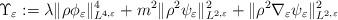
LaTeX: \begin{align*}\Upsilon_{\varepsilon}:=\lambda\|\rho\phi_{\varepsilon}\|_{L^{4,\varepsilon}}^{4}+m^{2}\|\rho^{2}\psi_{\varepsilon}\|_{L^{2,\varepsilon}}^{2}+\|\rho^{2}\nabla_{\varepsilon}\psi_{\varepsilon}\|_{L^{2,\varepsilon}}^{2}\end{align*}